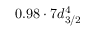
0 . 9 8 \cdot 7 d _ { 3 / 2 } ^ { 4 }